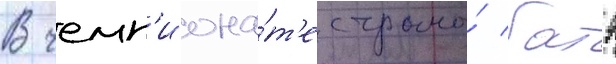
В чемп'иона́т'е страны́ батэ